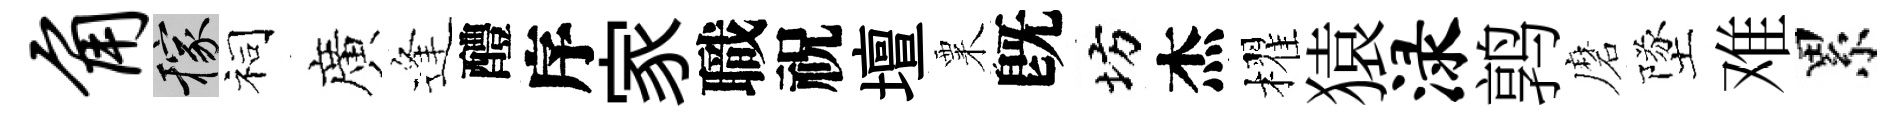
角稼祠廣逢醴序家職祝壇粟旣坊杰櫂猿渌鹑磨墜难累